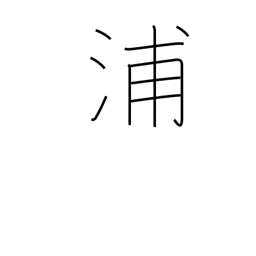
Meaning: creek